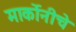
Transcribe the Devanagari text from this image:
मार्कोनीचे